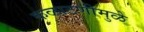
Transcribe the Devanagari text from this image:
कळाटणीमुळे